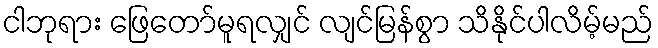
ငါဘုရား ဖြေတော်မူရလျှင် လျင်မြန်စွာ သိနိုင်ပါလိမ့်မည်